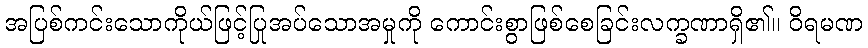
အပြစ်ကင်းသောကိုယ်ဖြင့်ပြုအပ်သောအမှုကို ကောင်းစွာဖြစ်စေခြင်းလက္ခဏာရှိ၏။ ဝိရမဏ